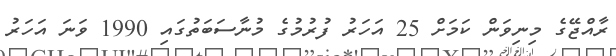
ރާއްޖޭގެ މިނިވަން ކަމަށް 25 އަހަރު ފުރުމުގެ މުނާސަބަތުގައި 1990 ވަަނަ އަހަރު